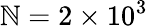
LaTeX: \mathbb{N}=2\times10^{3}